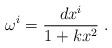
LaTeX: \begin{align*}\omega^{i} = \frac{dx^{i}}{1 + kx^{2}}\;. \end{align*}